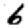
Digit: 6